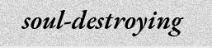
soul-destroying